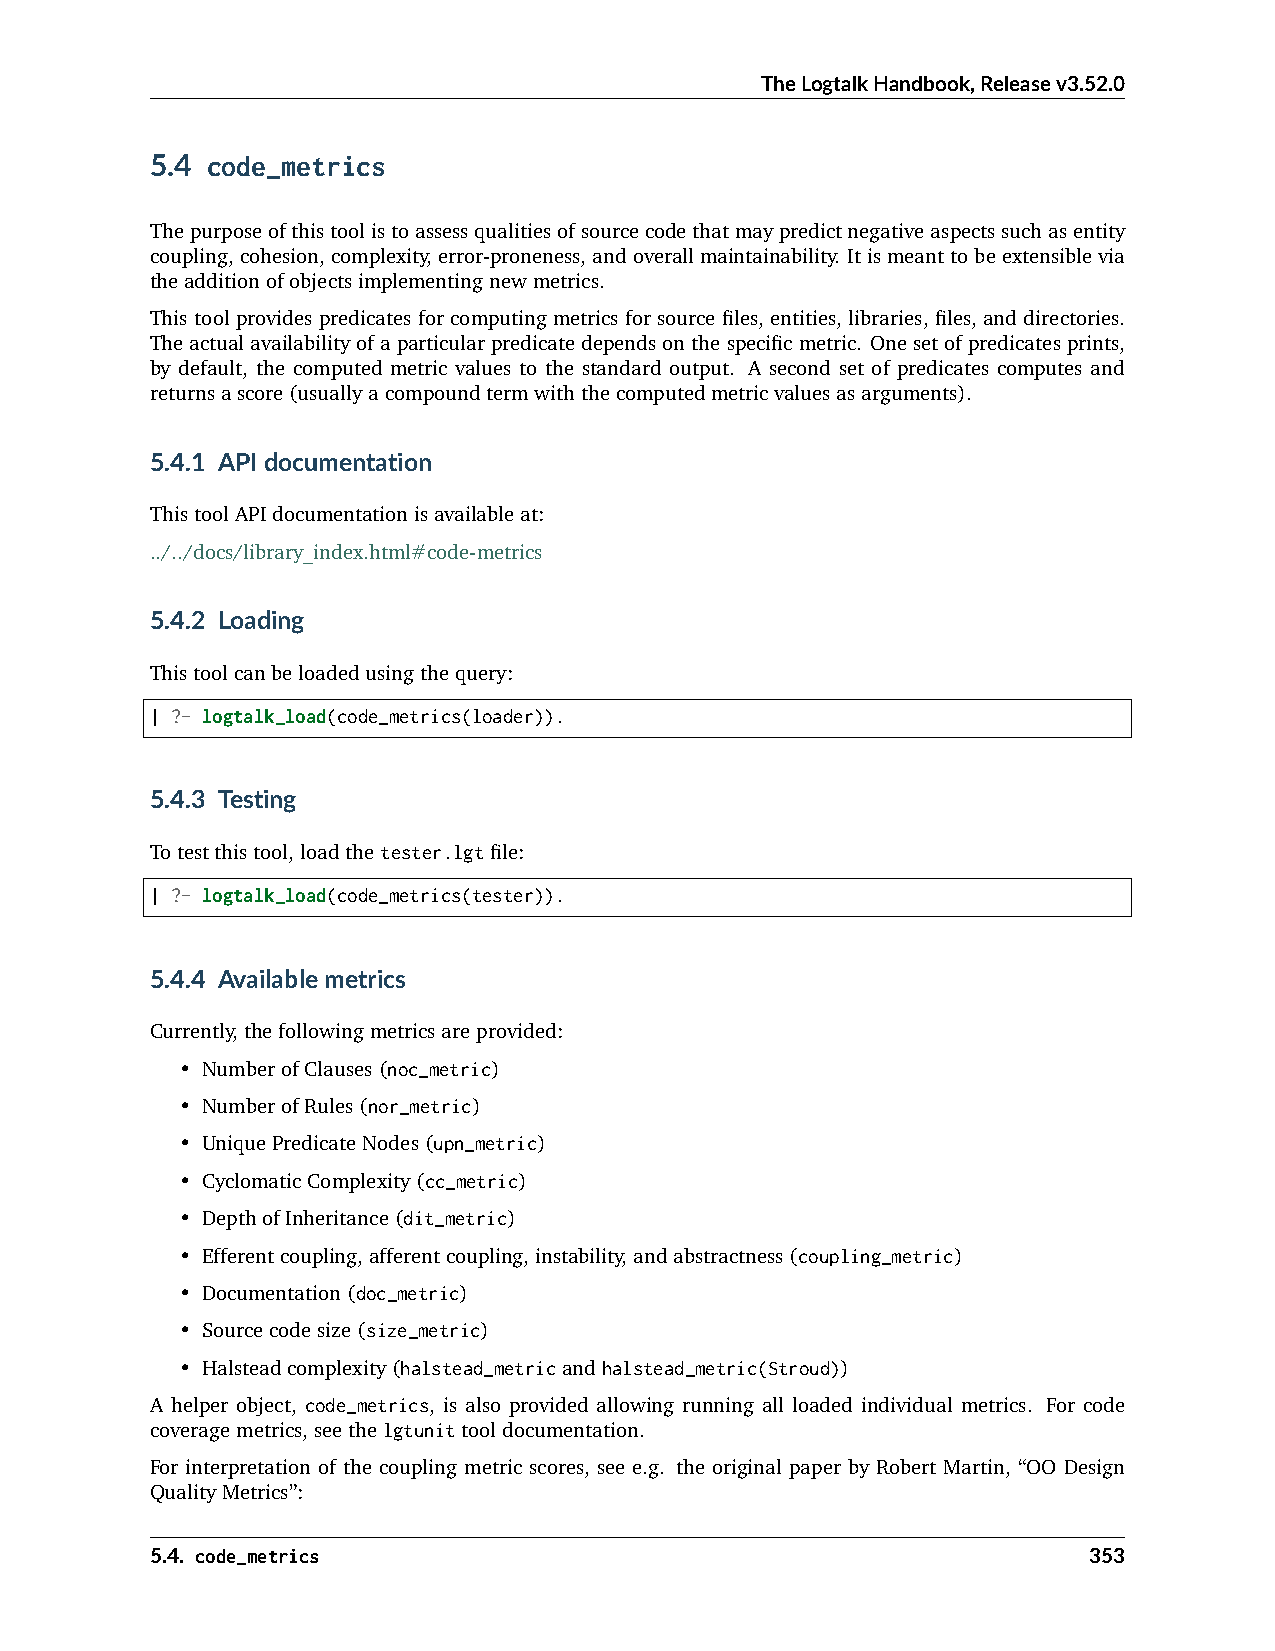
TheLogtalkHandbook,Releasev3.52.0
 5.4 code_metrics
 Thepurposeofthistoolistoassessqualitiesofsourcecodethatmaypredictnegativeaspectssuchasentity
 coupling,cohesion,complexity,error-proneness,andoverallmaintainability. Itismeanttobeextensiblevia
 theadditionofobjectsimplementingnewmetrics.
 This tool provides predicates for computing metrics for source files, entities, libraries, files, and directories.
 Theactualavailabilityofaparticularpredicatedependsonthespecificmetric. Onesetofpredicatesprints,
 by default, the computed metric values to the standard output. A second set of predicates computes and
 returnsascore(usuallyacompoundtermwiththecomputedmetricvaluesasarguments).
 5.4.1 APIdocumentation
 ThistoolAPIdocumentationisavailableat:
 ../../docs/library_index.html#code-metrics
 5.4.2 Loading
 Thistoolcanbeloadedusingthequery:
 | ?- logtalk_load(code_metrics(loader)).
 5.4.3 Testing
 Totestthistool,loadthetester.lgtfile:
 | ?- logtalk_load(code_metrics(tester)).
 5.4.4 Availablemetrics
 Currently,thefollowingmetricsareprovided:
 • NumberofClauses(noc_metric)
 • NumberofRules(nor_metric)
 • UniquePredicateNodes(upn_metric)
 • CyclomaticComplexity(cc_metric)
 • DepthofInheritance(dit_metric)
 • Efferentcoupling,afferentcoupling,instability,andabstractness(coupling_metric)
 • Documentation(doc_metric)
 • Sourcecodesize(size_metric)
 • Halsteadcomplexity(halstead_metricandhalstead_metric(Stroud))
 A helper object, code_metrics, is also provided allowing running all loaded individual metrics. For code
 coveragemetrics,seethelgtunittooldocumentation.
 For interpretation of the coupling metric scores, see e.g. the original paper by Robert Martin, “OO Design
 QualityMetrics”:
 5.4. code_metrics                                             353